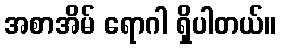
အစာအိမ် ရောဂါ ရှိပါတယ်။